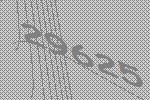
29625